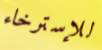
للإسترخاء